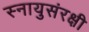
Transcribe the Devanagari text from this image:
स्नायुसंरक्षी